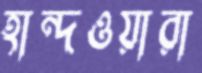
হান্দওয়ারা